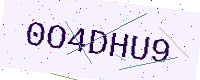
Text: 0O4DHU9